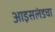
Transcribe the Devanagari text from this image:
आइसलंडचा